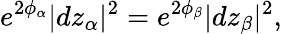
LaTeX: e^{2\phi_{\alpha}}|dz_{\alpha}|^{2}=e^{2\phi_{\beta}}|dz_{\beta}|^{2},